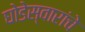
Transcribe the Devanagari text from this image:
घोडेस्वारांचे